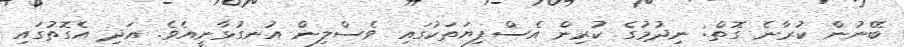
ބޭނުން ކުރާނެ ގޮތް: ނިދުމުގެ ކުރިން އެސްފިޔަތަކުގައި ވެސްލިން އުނގުޅާނީއެވެ. އަދި އެގޮތުގައި